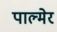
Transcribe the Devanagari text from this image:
पाल्मेर